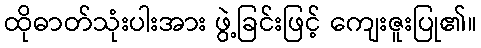
ထိုဓာတ်သုံးပါးအား ဖွဲ့ခြင်းဖြင့် ကျေးဇူးပြု၏။